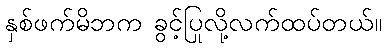
နှစ်ဖက်မိဘက ခွင့်ပြုလို့လက်ထပ်တယ်။